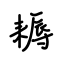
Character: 耨